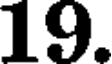
19.